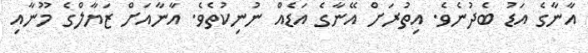
އާނާގެ އަޑު ބެދުނެވެ. އިތުރަށް އޭނާގެ އަޑެއް ނުނިކުތެވެ. އާނާއަށް ޒަޔާލްގެ މޫނާއި